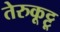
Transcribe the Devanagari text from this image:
तेरुकूट्टू